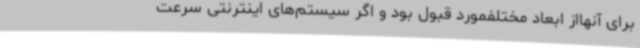
برای آنهااز ابعاد مختلفمورد قبول بود و اگر سیستم‌های اینترنتی سرعت